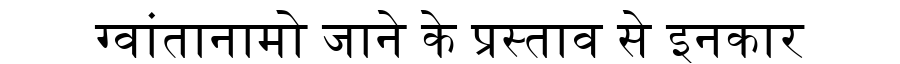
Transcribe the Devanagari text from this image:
ग्वांतानामो जाने के प्रस्ताव से इनकार